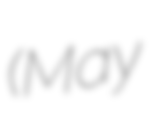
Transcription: (May